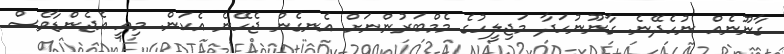
ގާނޫނެއް ނުހެދޭނެ. ގާނޫނުހަދާ މަޖިލީހުގެ މެމްބަރުންނަށް އެނގެން ޖެހޭނެ އެކަން. މިއީ އެޖެންޑާވެސް